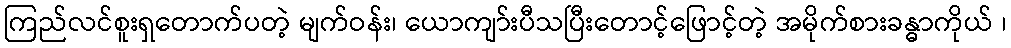
ကြည်လင်စူးရှတောက်ပတဲ့ မျက်ဝန်း၊ ယောကျာ်းပီသပြီးတောင့်ဖြောင့်တဲ့ အမိုက်စားခန္ဓာကိုယ် ၊